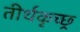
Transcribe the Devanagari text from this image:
तीर्थकृच्छ्र